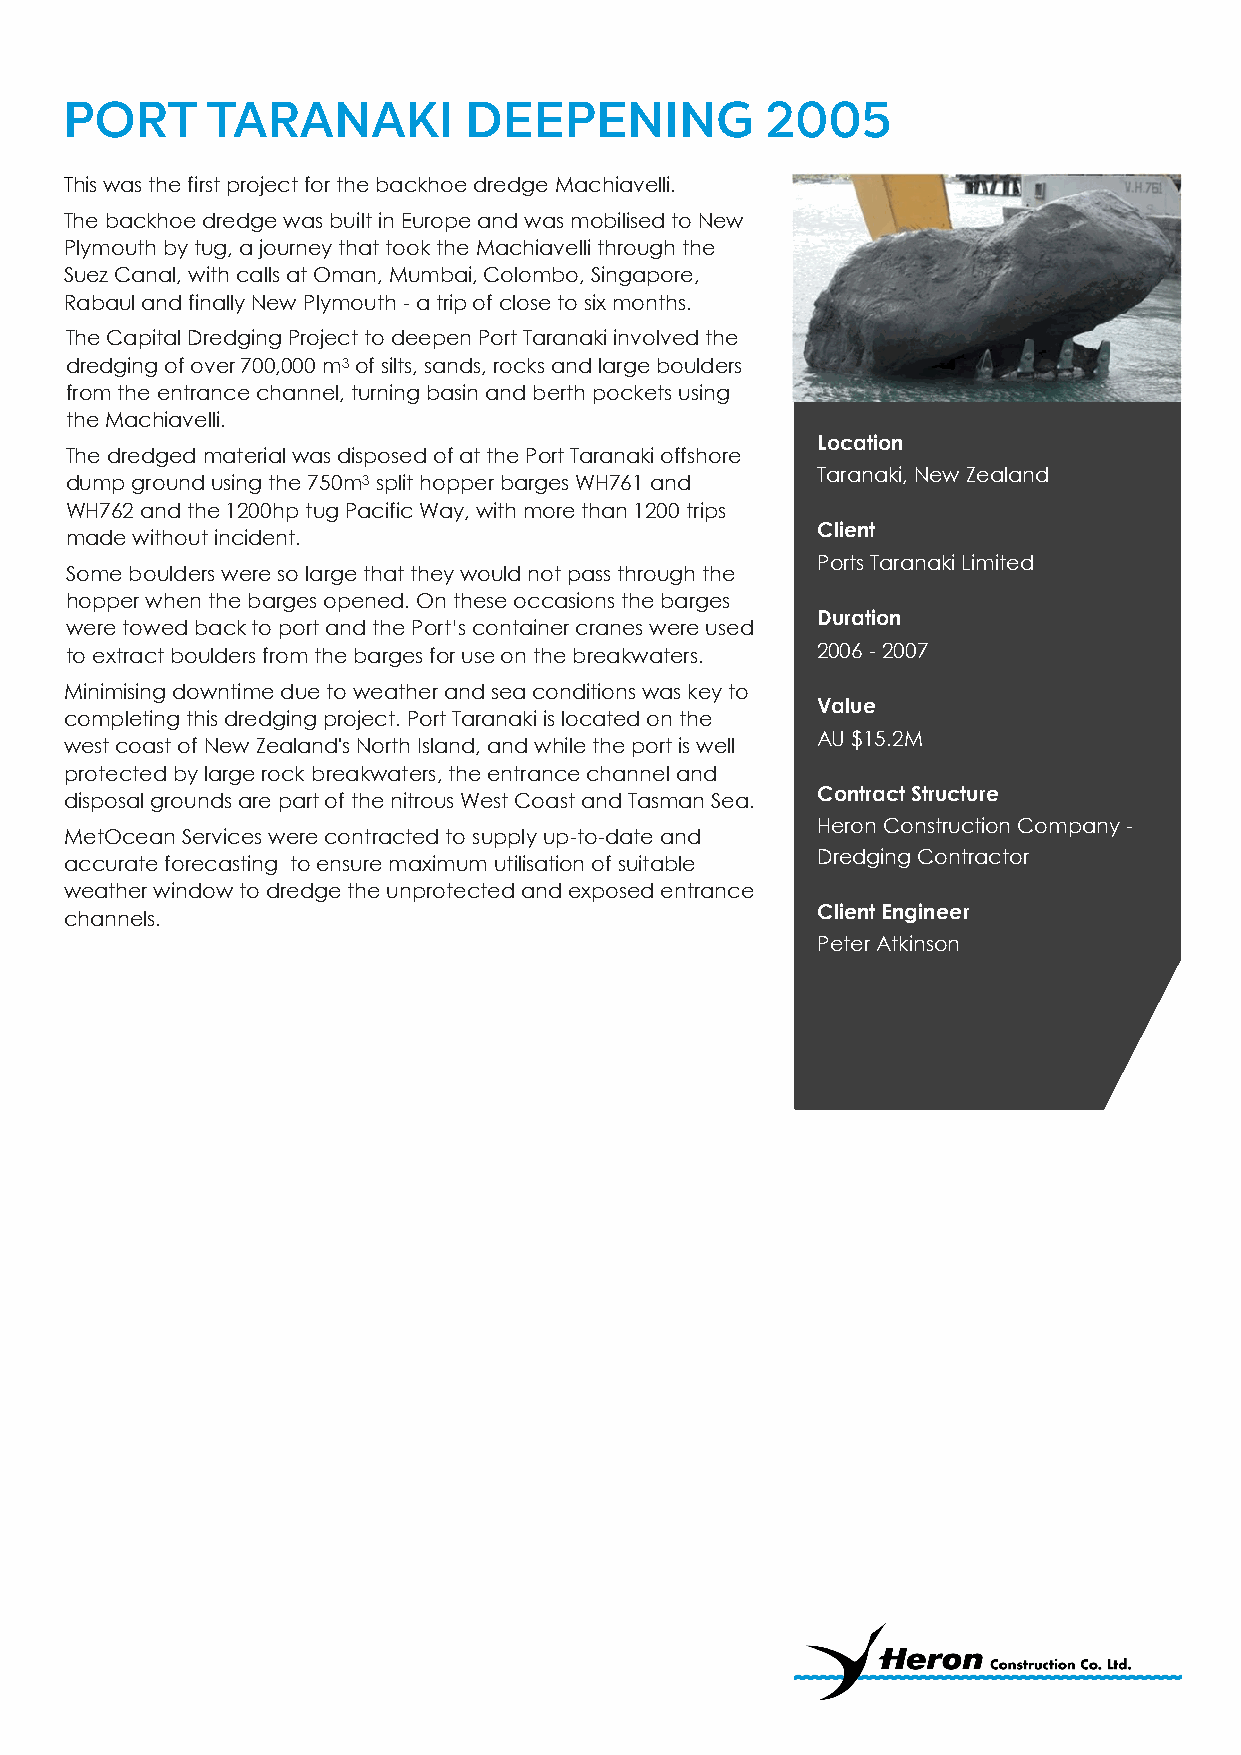
This was the first project for the backhoe dredge Machiavelli.
 The backhoe dredge was built in Europe and was mobilised to New
 Plymouth by tug, a journey that took the Machiavelli through the
 Suez Canal, with calls at Oman, Mumbai, Colombo, Singapore,
 Rabaul and finally New Plymouth - a trip of close to six months.
 The Capital Dredging Project to deepen Port Taranaki involved the
 dredging of over 700,000 m3 of silts, sands, rocks and large boulders
 from the entrance channel, turning basin and berth pockets using
 the Machiavelli.
 Location
 The dredged material was disposed of at the Port Taranaki offshore
 Taranaki, New Zealand
 dump ground using the 750m3 split hopper barges WH761 and
 WH762 and the 1200hp tug Pacific Way, with more than 1200 trips
 Client
 made without incident.
 Ports Taranaki Limited
 Some boulders were so large that they would not pass through the
 hopper when the barges opened. On these occasions the barges
 Duration
 were towed back to port and the Port’s container cranes were used
 to extract boulders from the barges for use on the breakwaters. 2006 - 2007
 Minimising downtime due to weather and sea conditions was key to
 Value
 completing this dredging project. Port Taranaki is located on the
 AU $15.2M
 west coast of New Zealand's North Island, and while the port is well
 protected by large rock breakwaters, the entrance channel and
 Contract Structure
 disposal grounds are part of the nitrous West Coast and Tasman Sea.
 Heron Construction Company -
 MetOcean Services were contracted to supply up-to-date and
 Dredging Contractor
 accurate forecasting to ensure maximum utilisation of suitable
 weather window to dredge the unprotected and exposed entrance
 Client Engineer
 channels.
 Peter Atkinson